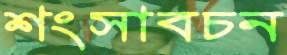
শংসাবচন